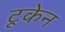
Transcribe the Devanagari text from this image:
टूकेन